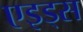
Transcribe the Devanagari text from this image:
एइड्स